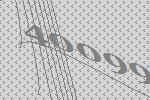
40099